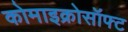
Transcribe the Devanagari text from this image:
कोमाइक्रोसॉफ्ट